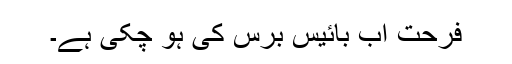
فرحت اب بائیس برس کی ہو چکی ہے۔